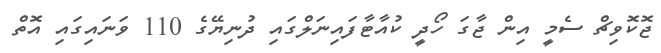
ޖޮކޮވިޗް ސެމީ އިން ޖާގަ ހޯދީ ކުއާޓާފައިނަލްގައި ދުނިޔޭގެ 110 ވަނައިގައި އޮތް